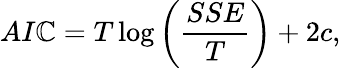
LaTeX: AI\mathbb{C}=T\log\left(\frac{{SSE}}{{T}}\right)+2c,